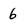
Character: 6